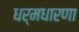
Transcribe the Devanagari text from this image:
धर्मधारणा